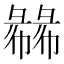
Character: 㣈